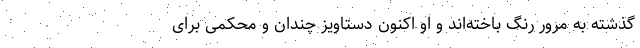
گذشته به مرور رنگ باخته‌اند و او اکنون دستاویز چندان و محکمی برای